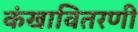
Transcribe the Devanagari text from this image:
कंखावितरणी